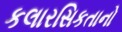
કલારસિકતાનો